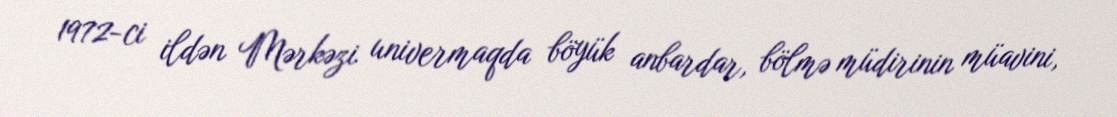
1972-ci ildən Mərkəzi univermaqda böyük anbardar, bölmə müdirinin müavini,